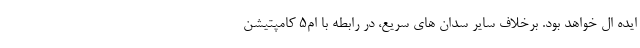
ایده ال خواهد بود. برخلاف سایر سدان های سریع، در رابطه با ام5 کامپتیشن